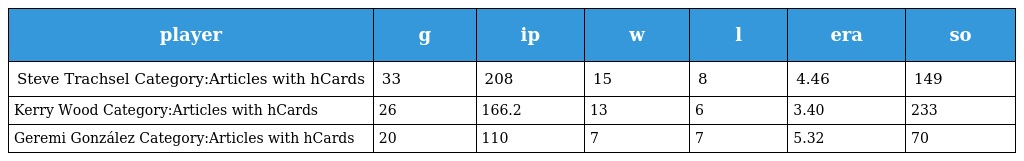
| player | g | ip | w | l | era | so |
 | --- | --- | --- | --- | --- | --- | --- |
 | Steve Trachsel Category:Articles with hCards | 33 | 208 | 15 | 8 | 4.46 | 149 |
 | Kerry Wood Category:Articles with hCards | 26 | 166.2 | 13 | 6 | 3.40 | 233 |
 | Geremi González Category:Articles with hCards | 20 | 110 | 7 | 7 | 5.32 | 70 |